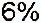
6%